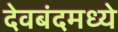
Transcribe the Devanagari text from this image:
देवबंदमध्ये